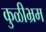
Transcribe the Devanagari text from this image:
कुळीभ्रम